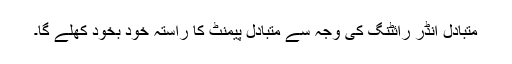
متبادل انڈر رائٹنگ کی وجہ سے متبادل پیمنٹ کا راستہ خود بخود کھلے گا۔